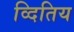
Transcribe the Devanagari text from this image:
व्दितिय